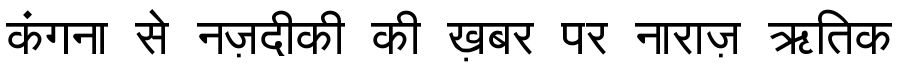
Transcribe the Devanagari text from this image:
कंगना से नज़दीकी की ख़बर पर नाराज़ ऋतिक